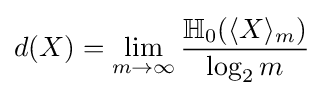
d(X)=\lim _{m\rightarrow \infty }{\frac {\mathbb {H} _{0}(\langle X\rangle _{m})}{\log _{2}m}}